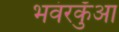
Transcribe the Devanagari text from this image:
भवंरकुँआ